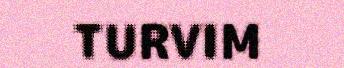
TURVIM